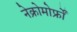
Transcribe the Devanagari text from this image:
नेक्रोमोर्फ्रों